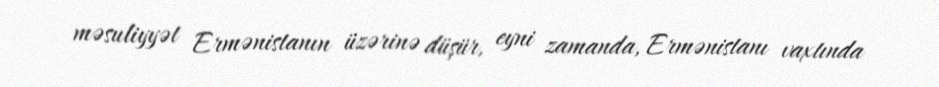
məsuliyyət Ermənistanın üzərinə düşür, eyni zamanda, Ermənistanı vaxtında